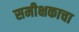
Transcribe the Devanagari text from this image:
समीक्षकाचा